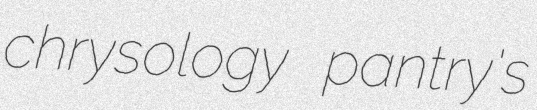
chrysology pantry's